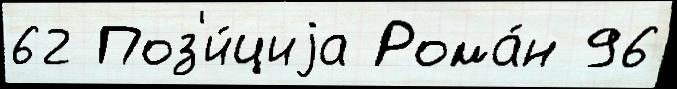
62 Поз'и́циjа Рома́н 96